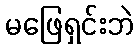
မဖြေရှင်းဘဲ